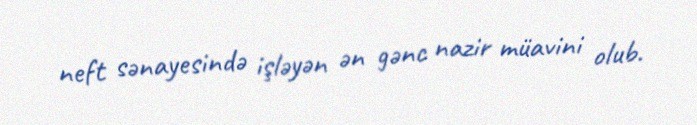
neft sənayesində işləyən ən gənc nazir müavini olub.